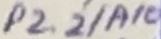
Text: P2.2/A10